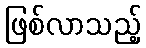
ဖြစ်လာသည့်